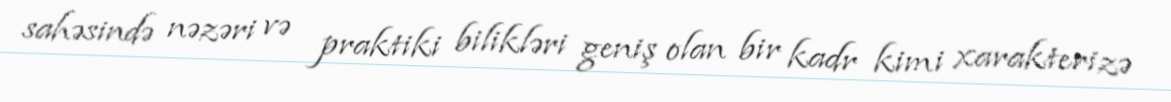
sahəsində nəzəri və praktiki bilikləri geniş olan bir kadr kimi xarakterizə